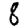
Digit: 8